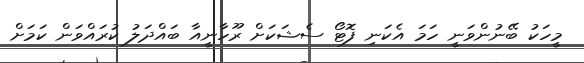
މީހަކު ބޭނުންވަނީ ހަމަ އެކަނި ފޮޓޯ ސެޝަކަށް ރޫހާނީއާ ބައްދަލު ކުރައްވަން ކަމަށް